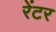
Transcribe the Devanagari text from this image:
रेंटर